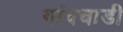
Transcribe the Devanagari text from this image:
गांवचाडी